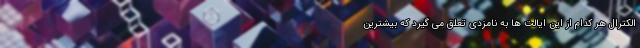
الکترال هر کدام از این ایالت ها به نامزدی تعلق می گیرد که بیشترین